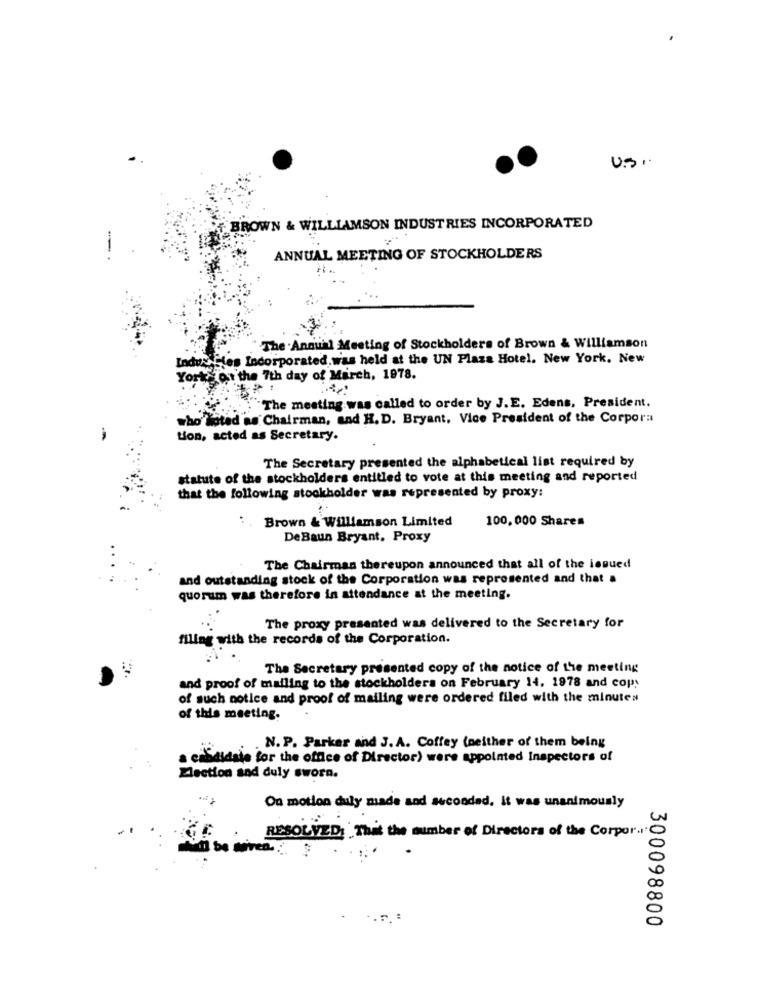
U.S.
+ BROWN & WILLIAMSON INDUSTRIES INCORPORATED
ANNUAL MEETING OF STOCKHOLDERS
"The Annual Meeting of Stockholders of Brown & Williamson
Indus Hies Incorporated.was held at the UN Plaza Hotel. New York, New
te Ot the 7th day of March, 1978.
"The meeting was called to order by J.E. Edens, President.
who listed as Chairman, and H. D. Bryant, Vice President of the Corpora
tion, acted as Secretary.
The Secretary presented the alphabetical list required by
statute of the stockholders entitled to vote at this meeting and reported
that the following stockholder was represented by proxy:
Brown & Williamson Limited
100, 000 Shares
De Baun Bryant, Proxy
The Chairman thereupon announced that all of the issued
and outstanding stock of the Corporation was represented and that a
quorum was therefore in attendance at the meeting.
The proxy presented was delivered to the Secretary for
filing with the records of the Corporation.
The Secretary presented copy of the notice of the meeting
and proof of mailing to the stockholders on February 14. 1978 and copy
of such notice and proof of mailing were ordered filed with the minutes
of this meeting.
. N. P. Parker and J. A. Coffey (neither of them being
. ciSaldate for the office of Director) were appointed Inspectors of
Election and duly sworn.
On motion duly made and secondad. It was unanimously
RESOLVED: Thit the number of Directors of the Corpor."
300098800